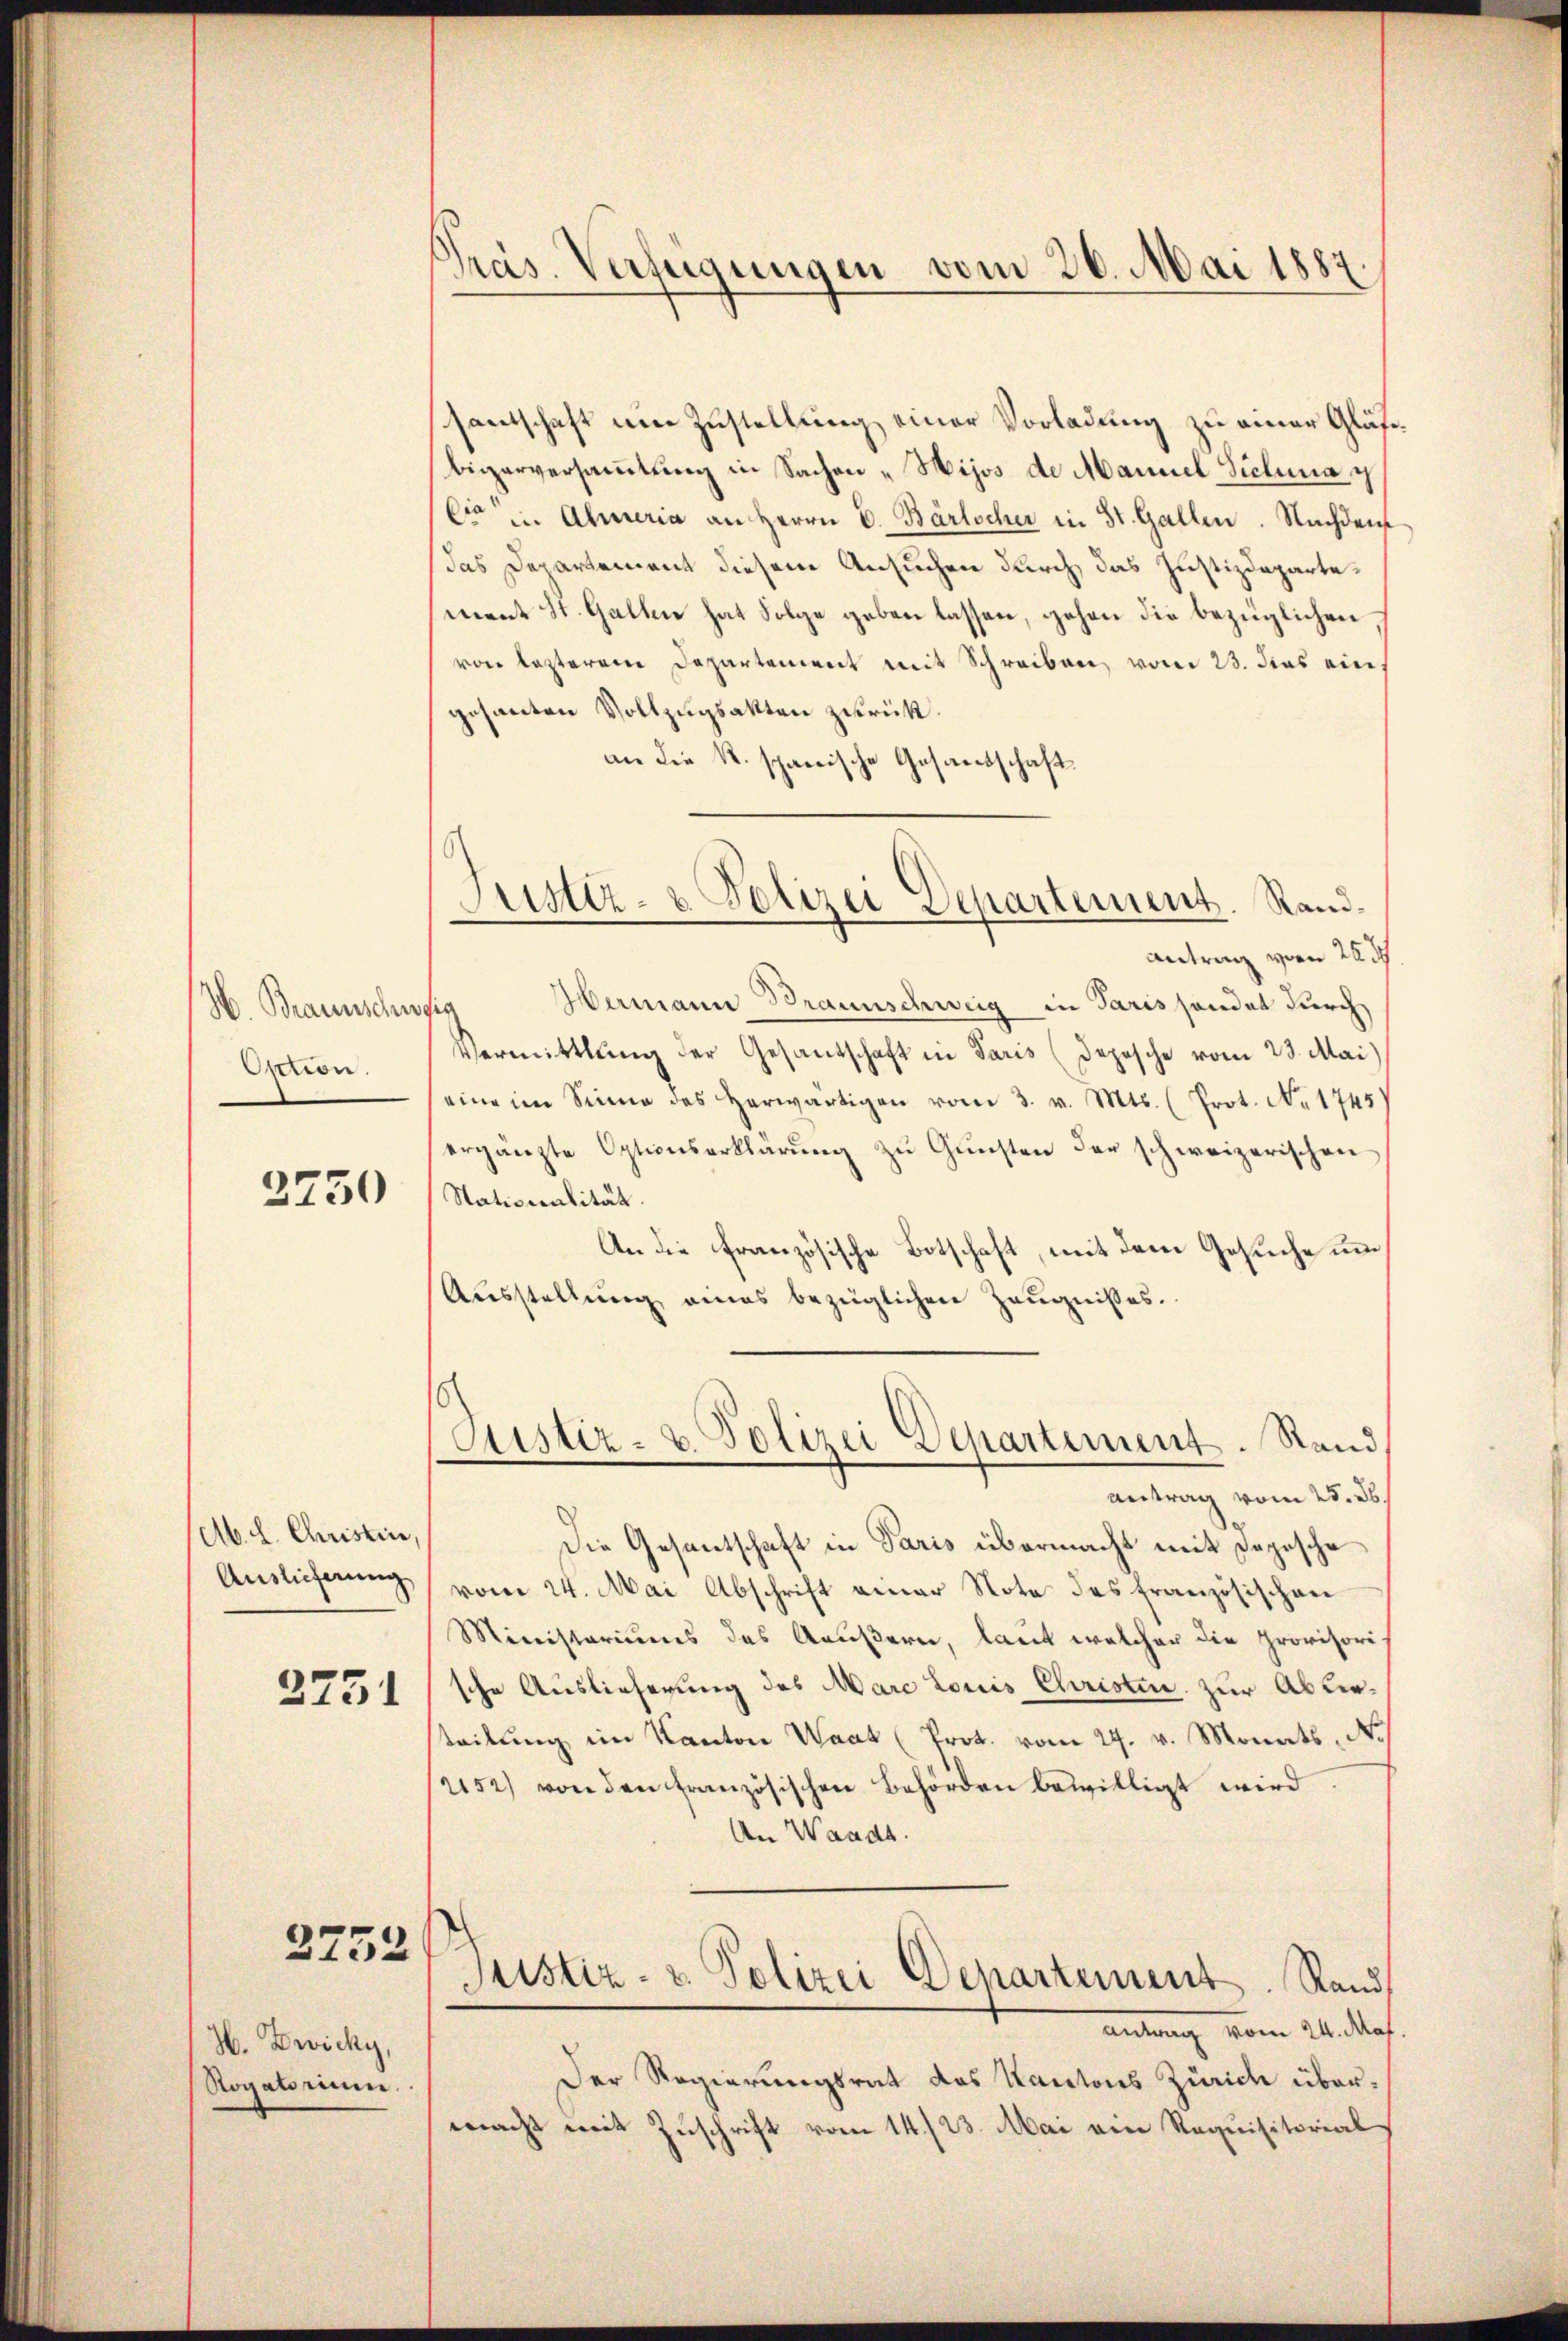
H. Braunschu
Option.

2750

(Ab. L. Christin,
Auslieferung
2751

2752

H. Zwicky,
Rogatorum.

Präs. Verfügungen vom 26. Mai 1887.

Justiz- & Polizei Departement. Rand¬

santschaft ein Zustellung einer Vorladung zu einer Gläsebiserversammlung in Sachen „Wijos de Manuel Sichena c
Cie in Ahneria an Herrn V. Bärlscher in St. Gallen. Nachdem
das Departement diesem Ansuchen durch das Justizdepartement St. Gallen hat Folge geben lassen, gehen die bezüglichen,
von lezterem Departement mit Schreiben, vom 23. dies ein
gesanten Vollzugsakten zurück.
an die K. spanische Gesandschaft.
Antrag vom 22 d
Hermann Braunschweig in Paris sondet durch
sig
Vermittlung der Gesandschaft in Paris (Depesche vom 23. Mai)
(eine im Sinne des herwärtigen vom 3. v. Mts. (Prot. No 1745)
ergänzte Optionserklärung zu Gunsten der schweizerischen
Nationalität.
An die französische Botschaft, mit dem Gesuche um
Ausstellung eines bezüglichen Zeugnisses.
Justiz- u. Polizei Departement. Stand
Antrag vom 25. ds.
Die Gesantschaft in Paris übermacht mit Depesche
vom 24. Mai Abschrift einer Note des französischen
Ministeriums des Aeußern, laut welcher die provisorische Auslieferung des Marc Louis Christen zur Ablieteilung im Kanton Waak (Prot. vom 29. v. Monats, No
1252) von den französischen Behörden bewilligt wird
An Waadt.
Justiz- u. Polizei Departement. Rand
 vom 24. Mas
Der Regierungsrat das Kantons Zürich übermacht mit Zuschrift vom 14./23. Mai ein Requisitorial